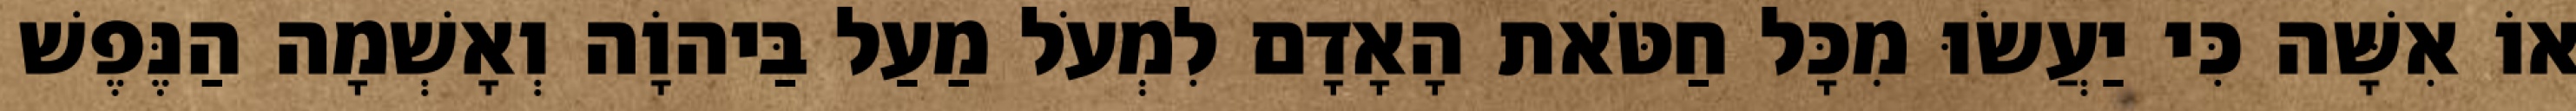
אוֹ אִשָּׁה כִּי יַעֲשׂוּ מִכָּל חַטֹּאת הָאָדָם לִמְעֹל מַעַל בַּיהוָֹה וְאָשְׁמָה הַנֶּפֶשׁ